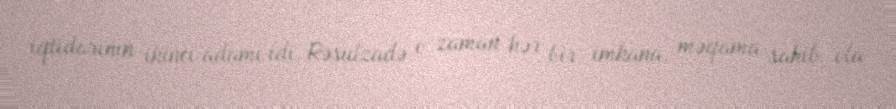
iqtidarının ikinci adamı idi. Rəsulzadə o zaman hər bir imkana, məqama sahib ola